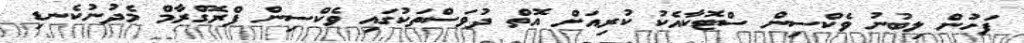
ފަހުން ލިބުނު ވެކްސިން ސްޓޮކާއެކު ކުރިއަށް އޮތް ދުވަސްތަކުގައި ވެކްސިން ޕްރޮގްރާމް މެދުނުކެނޑި